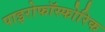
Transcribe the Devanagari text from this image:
पाइरोफॉस्फोरिक